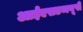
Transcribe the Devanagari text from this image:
आईएसडब्ल्यूपी